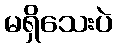
မရှိသေးပဲ